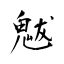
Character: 魃